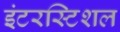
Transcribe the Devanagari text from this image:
इंटरस्टिशल